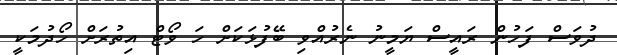
ދުވަސް ފަހުން ރައީސް ޔަމީނު ނެރުއްވި ބޭފުޅަކަށް ހަ ވޯޓް އިތުރަށް ހޯދުމަކީ